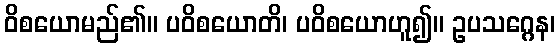
ဝိစယောမည်၏။ ပဝိစယောတိ၊ ပဝိစယောဟူ၍။ ဥပသဂ္ဂေန၊